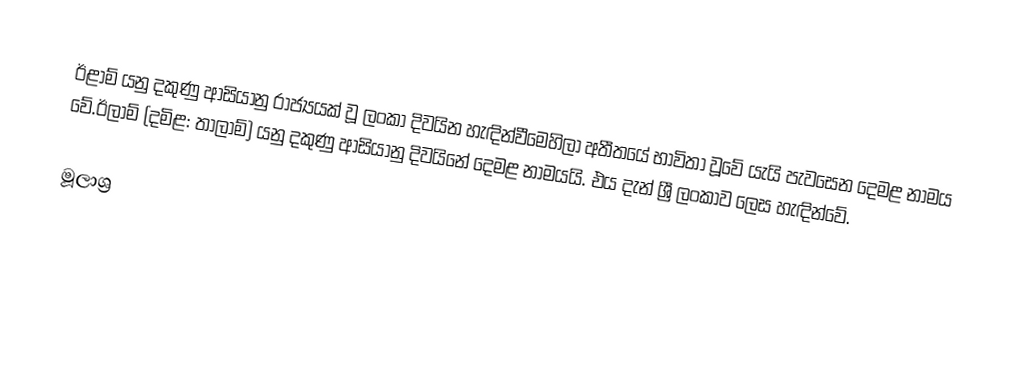
ඊළාම් යනු දකුණු ආසියානු රාජ්‍යයක් වූ ලංකා දිවයින හැඳින්වීමෙහිලා අතීතයේ භාවිතා වූවේ යැයි පැවසෙන දෙමළ නාමය වේ.ඊලාම් (දමිළ: තාලාම්) යනු දකුණු ආසියානු දිවයිනේ දෙමළ නාමයයි. එය දැන් ශ්‍රී ලංකාව ලෙස හැඳින්වේ.

මූලාශ්‍ර